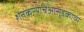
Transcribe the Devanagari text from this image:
शेतकऱ्याचेआसूडकाव्य